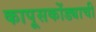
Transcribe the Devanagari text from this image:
कापूसकोंड्याची